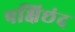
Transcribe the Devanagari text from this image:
पक्षिछंद